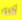
أخرى